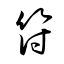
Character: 符